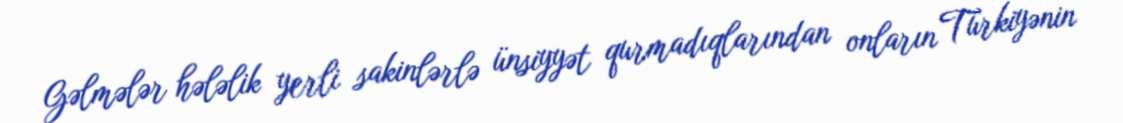
Gəlmələr hələlik yerli sakinlərlə ünsiyyət qurmadıqlarından onların Türkiyənin